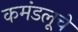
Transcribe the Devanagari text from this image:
कमंडलूचे